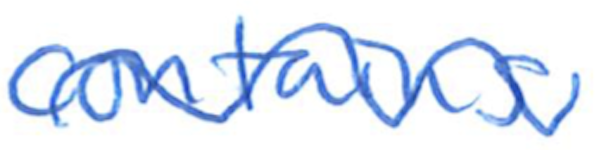
Text: contains
Cross-out: wave
Writing tool: ballpoint